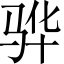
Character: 骅